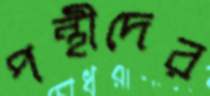
পন্থীদের